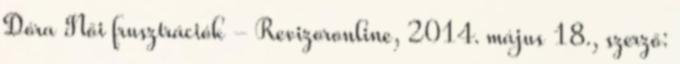
Dóra Női frusztrációk - Revizoronline, 2014. május 18., szerző: